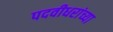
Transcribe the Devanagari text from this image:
पदवीधरांच्या